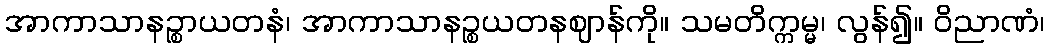
အာကာသာနဉ္စာယတနံ၊ အာကာသာနဉ္စယတနဈာန်ကို။ သမတိက္ကမ္မ၊ လွန်၍။ ဝိညာဏံ၊